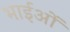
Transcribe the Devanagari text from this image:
भाईओं